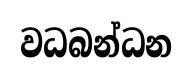
වධබන්ධන